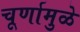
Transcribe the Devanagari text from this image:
चूर्णामुळे